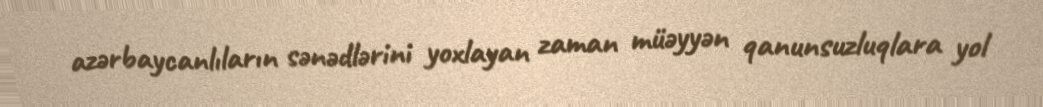
azərbaycanlıların sənədlərini yoxlayan zaman müəyyən qanunsuzluqlara yol